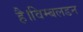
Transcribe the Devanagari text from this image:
है।विम्बलडन